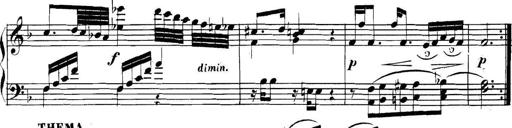
Title: Collected Piano Sonatas
Composer: Muzio Clementi